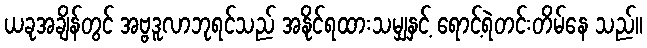
ယခုအချိန်တွင် အဗ္ဗဒူလာဘုရင်သည် အနိုင်ရထားသမျှနှင့် ရောင့်ရဲတင်းတိမ်နေ သည်။